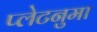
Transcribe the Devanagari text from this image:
प्‍लेटनुमा